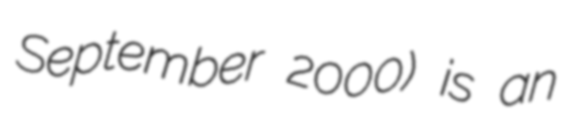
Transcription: September 2000) is an